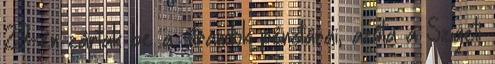
27-én zártak be a strandok pénztárai, azóta a Szigeti